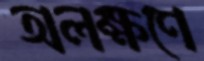
অলক্ষণে